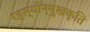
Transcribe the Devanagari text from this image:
रहस्योन्मुखकृति